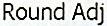
ROUND ADJ